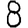
Digit: 8